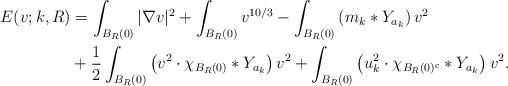
LaTeX: \begin{align*}E(v;k,R) &= \int_{B_{R}(0)} |\nabla v|^{2} + \int_{B_{R}(0)} v^{10/3} - \int_{B_{R}(0)} \left( m_{k} * Y_{a_{k}} \right) v^{2} \bigg. \\& + \frac{1}{2} \int_{B_{R}(0)} \left( v^{2} \cdot \chi_{B_{R}(0)} * Y_{a_{k}} \right) v^{2} + \int_{B_{R}(0)} \left( u_{k}^{2} \cdot \chi_{B_{R}(0)^{\rm c}} * Y_{a_{k}} \right) v^{2}. \end{align*}